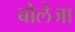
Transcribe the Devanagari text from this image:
बोलेजा